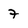
Character: 7